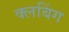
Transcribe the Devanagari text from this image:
क्लबिंग